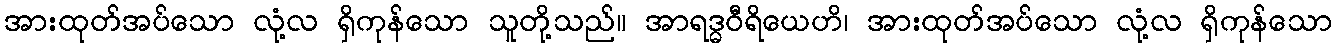
အားထုတ်အပ်သော လုံ့လ ရှိကုန်သော သူတို့သည်။ အာရဒ္ဓဝီရိယေဟိ၊ အားထုတ်အပ်သော လုံ့လ ရှိကုန်သော